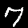
Label: 7